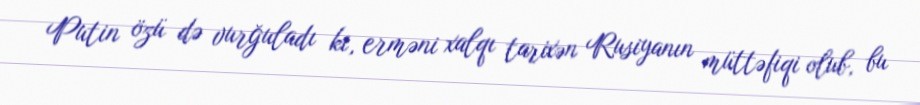
Putin özü də vurğuladı ki, erməni xalqı tarixən Rusiyanın müttəfiqi olub, bu